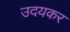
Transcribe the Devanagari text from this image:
उदयकर